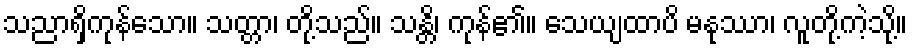
သညာရှိကုန်သော။ သတ္တာ၊ တို့သည်။ သန္တိ၊ ကုန်၏။ သေယျထာပိ မနုဿာ၊ လူတို့ကဲ့သို့။